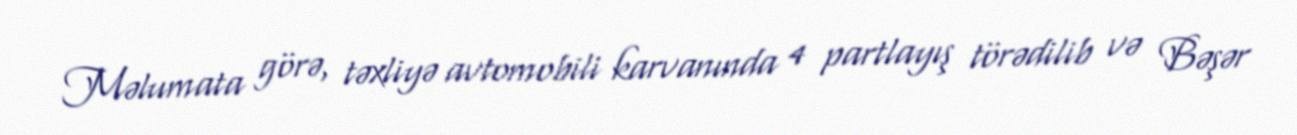
Məlumata görə, təxliyə avtomobili karvanında 4 partlayış törədilib və Bəşər